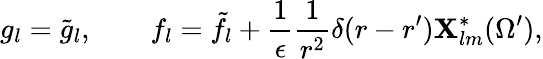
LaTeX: g_{l}=\tilde{g}_{l},\qquad f_{l}=\tilde{f}_{l}+{\frac{1}{\epsilon}}{\frac{1}{r^{2}}}\delta(r-r^{\prime}){\mathbf X}_{lm}^{*}(\Omega^{\prime}),